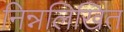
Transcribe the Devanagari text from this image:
निन्नलिखित